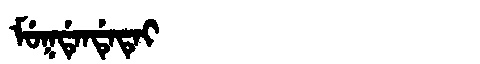
Manchu: ᠮᡠᡴᡩᡝᠨᡩᡝᡨᡝᡳ
Romanization: MUKDENDETEI